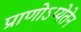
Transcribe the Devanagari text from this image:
प्राणोऽप्येतेन